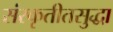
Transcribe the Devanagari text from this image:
संस्कृतीतसुद्धा